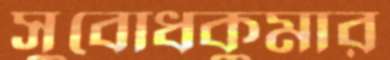
সুবোধকুমার